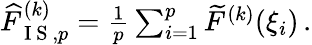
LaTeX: \begin{array}{r}{\widehat{F}_{\mathrm{~I~S~},p}^{(k)}=\frac{1}{p}\sum_{i=1}^{p}\widetilde{F}^{(k)}(\xi_{i})\, .}\end{array}